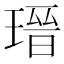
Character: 瑨